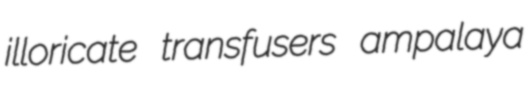
illoricate transfusers ampalaya